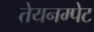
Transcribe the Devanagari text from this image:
तेयनम्पेट